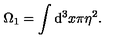
\Omega _ { 1 } = \int \mathrm { d } ^ { 3 } x \pi \eta ^ { 2 } .